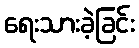
ရေးသားခဲ့ခြင်း